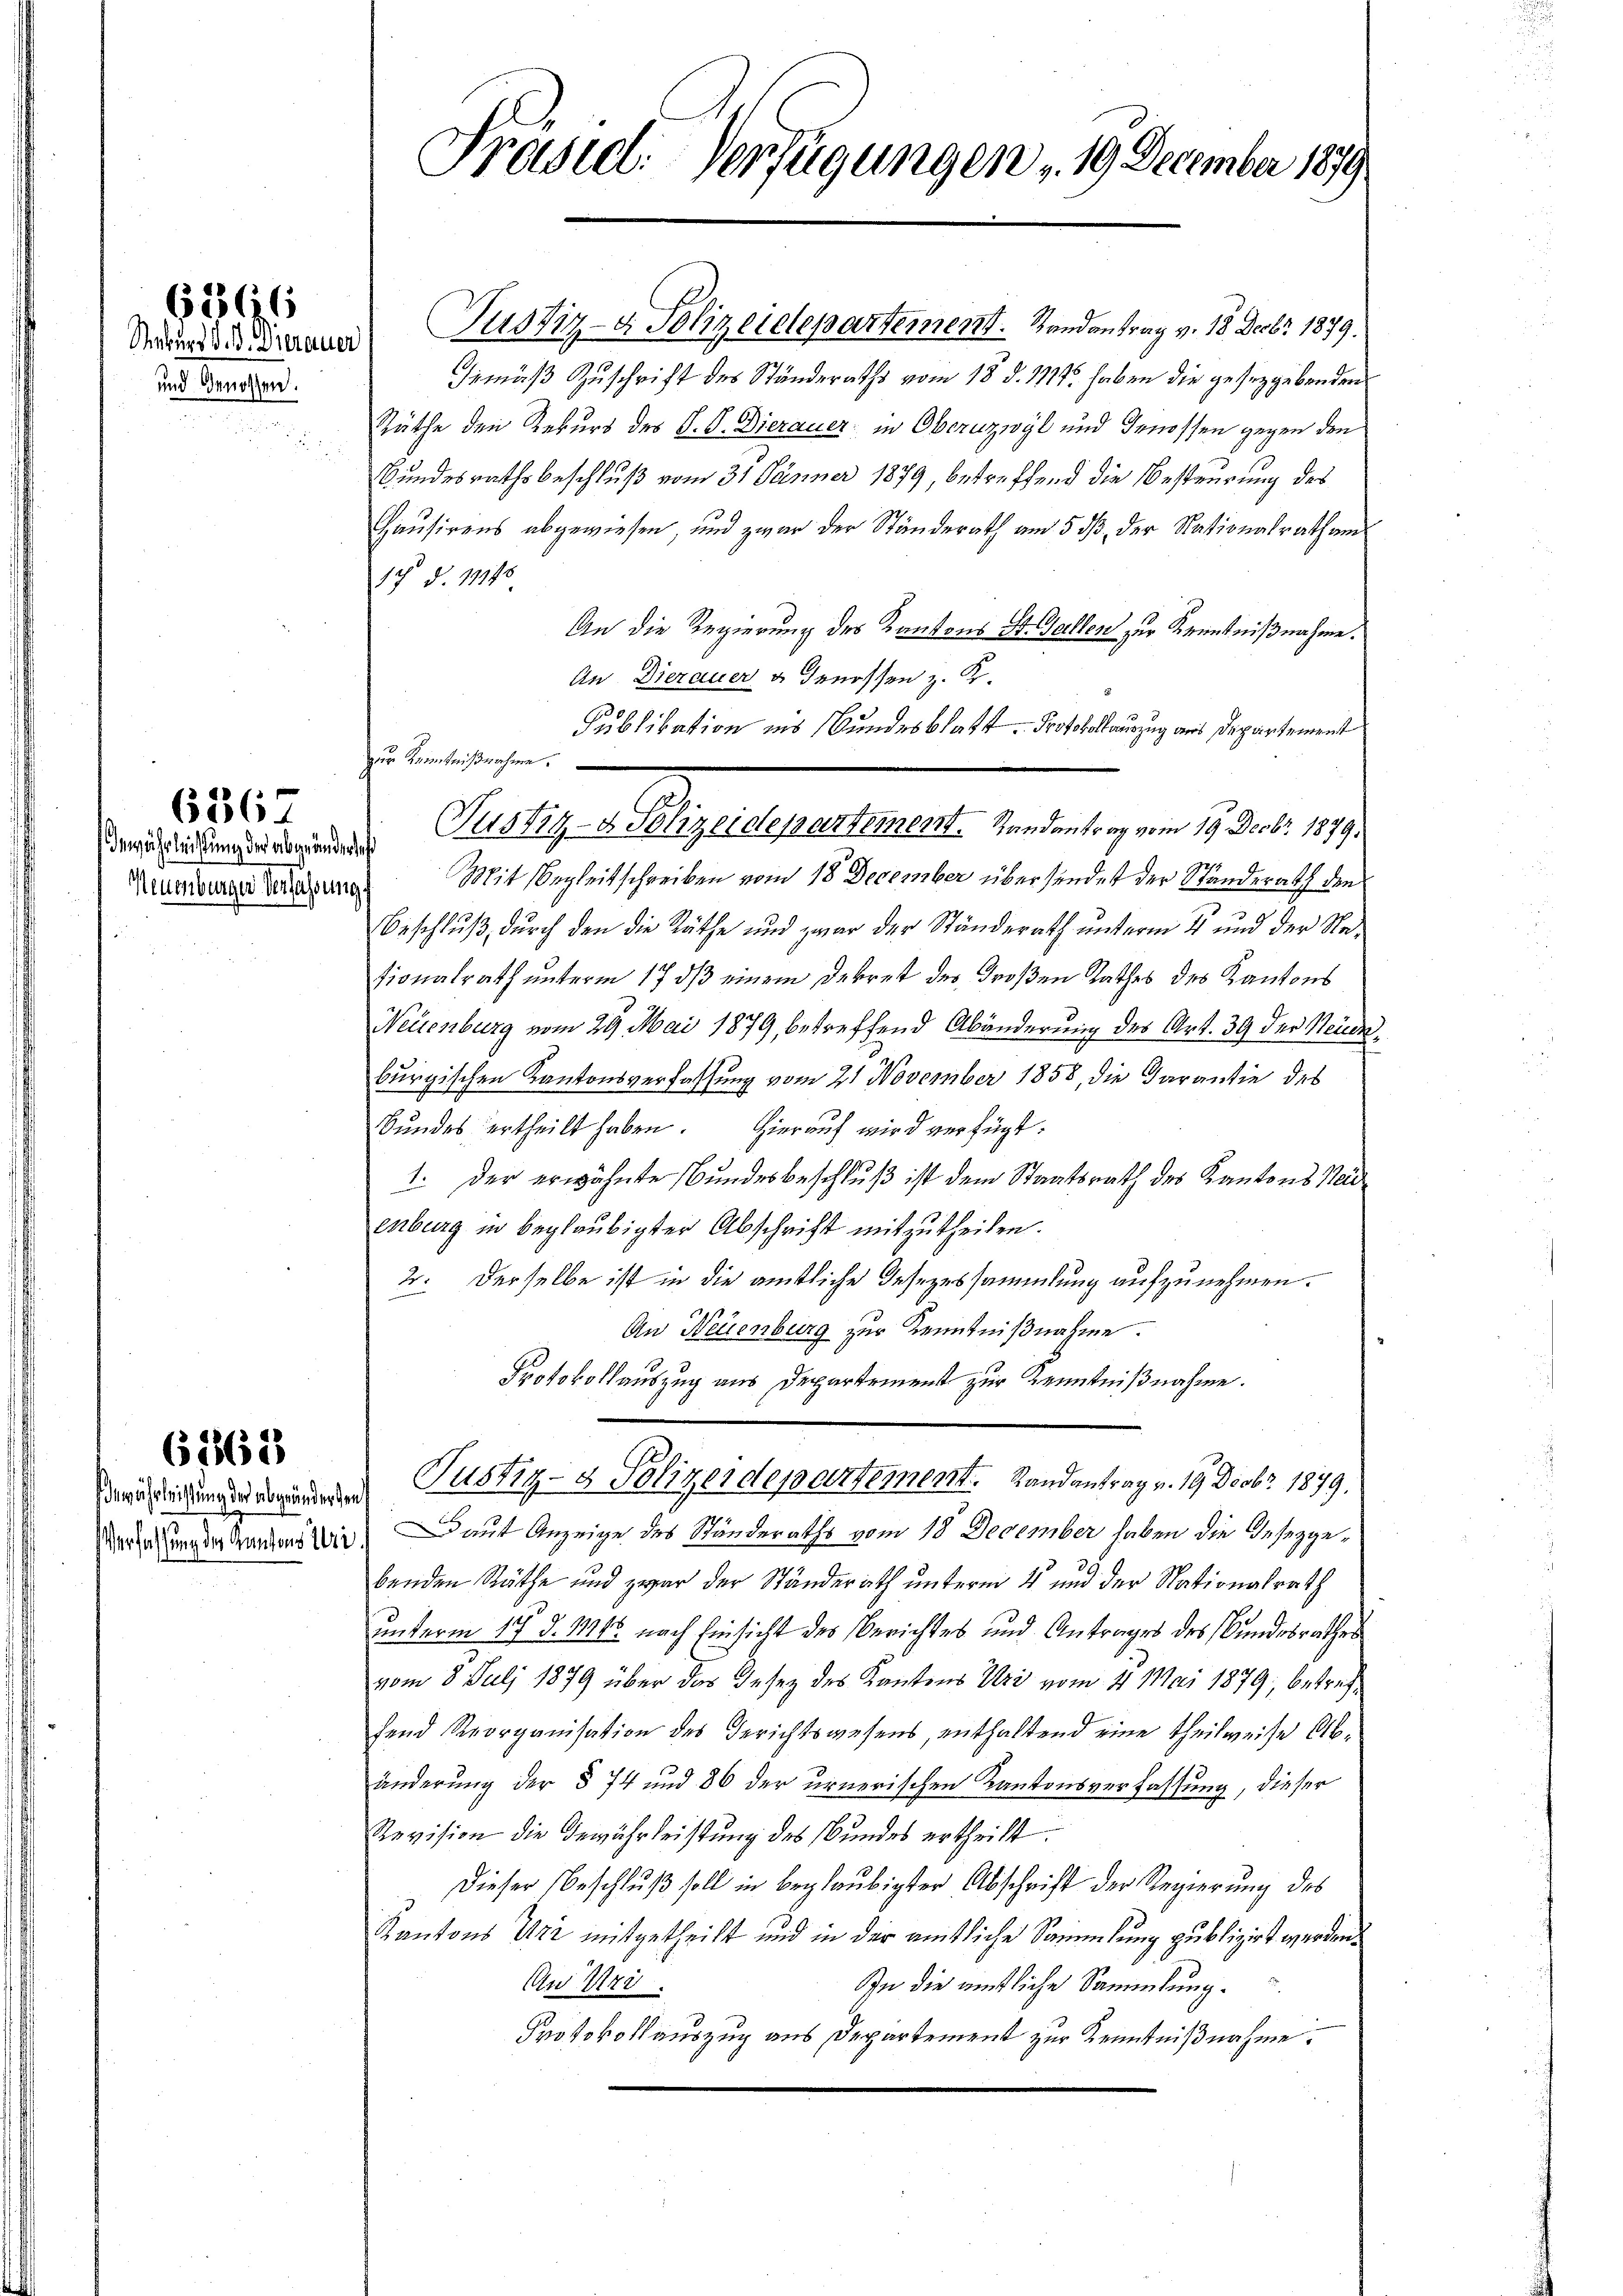
und Genossen.

6366

ähelichung der aber inderlich

636

ewährleistung der abgeänderten

61862

Präsid. Verfügungen „ 19 December 1879

Seder Frau Justiz- & Polizeidepartement. Randantrag v. 18. Decbr 1879.
Gemäß Zuschrift des Ständeraths vom 18. d. 111. haben die gesetzgebenden
Rüthe den Rekurs des P. V. Dierauer in Oberuzwyl und Genossen gegen den
Bundesrathsbeschluß vom 31 Jänner 1879, betreffend die Besteurung des
Hausirens abgewiesen, und zwar der Ständerath am 5 dß der Nationalrath an¬
17. d. 19148
An die Regierung des Kantons St. Gallen zur Kenntnißnahme.
An Dierauer u Genossen z. K.
Publikation ins Bundesblatt Protokollauszug aus Departement
zur Kenntnißnahme.
Krunwurze Versatzung Mit Begleitschreiben vom 18 December über sindet der Standerath den
Beschlŭβ dŭrch den die Räthe und zwar der Ständerath ŭnterm 11 und der Stad
tionalrath unterm 17 dß einem Dekret des Großen Rathes des Kantons
Neuenburg vom 29. Mai 1879, betreffend Abänderung des Art. 39 der Neuenburgischen Kantonsverfassung vom 21 November 1858, die Darantie des
Bundes ertheilt haben. Hierauf wird verfügt:
1. Der erwähnte Bundesbeschluß ist dem Staatsrath des Kantons Neu
enburg in beglaubigter Abschrift mitzutheilen.
2. Derselbe ist in die amtliche Gesezessammlung aufzunehmen.
An Neuenburg zur Kenntnißnahme.
Protokollauszug aus Departement zur Kenntnißnahme.
Justiz- & Polizeidepartement. Landantrag v. 19. Decbr. 1879,
Media unden Handen bei, aut Anzeige des Ständeraths vom 18. December haben die Beseggebenden Räthe und zwar der Ständerath unterm 4 und der Nationalrath
unterm 19. d. 1945 nach Einsicht des Berichtes und Antrages des Bundesrathes
vom 8. Juli 1879 über das Gesez des Kantons Uri vom 4. Mai 1879; betreffend Reorganisation des Gerichtswesens, enthaltend eine theilweise Ab-
änderung der § 74 und 86 der urnerischen Kantonsverfassung, dieser
Revision die Gewährleistung des Bundes ertheilt.
Dieser Beschluß soll in beglaubigter Abschrift der Regierung des
Kantons Uri mitgetheilt und in der amtliche Sammlung publizirt werden.
An die amtliche Sammlung.
An Uri.
Protokollauszug aus Departement zur Kenntnißnahme.

Justiz- & Polizeidepartement.   Randantrag vom 19. Decbr. 1879.